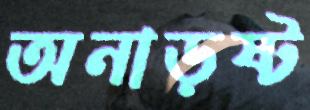
অনাড়ষ্ট